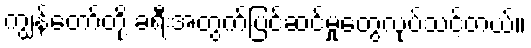
ကျွန်တော်တို့ ခရီးအတွက်ပြင်ဆင်မှုတွေလုပ်သင့်တယ်။